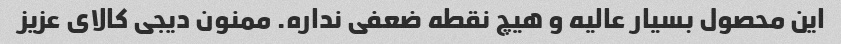
این محصول بسیار عالیه و هیچ نقطه ضعفی نداره. ممنون دیجی کالای عزیز